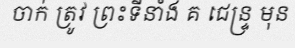
ចាក់ ត្រូវ ព្រះទីនាំង គ ជេន្ទ្រ មុន